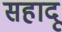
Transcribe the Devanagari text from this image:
सहादू